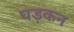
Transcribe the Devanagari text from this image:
घड़कन